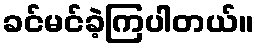
ခင်မင်ခဲ့ကြပါတယ်။